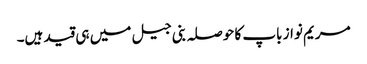
مریم نواز باپ کا حوصلہ بنی جیل میں ہی قید ہیں۔